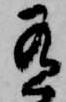
有